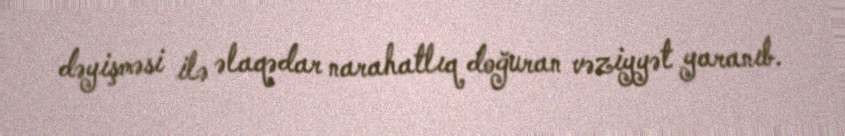
dəyişməsi ilə əlaqədar narahatlıq doğuran vəziyyət yaranıb.